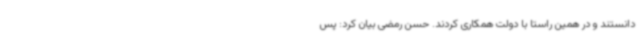
دانستند و در همین راستا با دولت همکاری کردند. حسن رمضی بیان کرد: پس